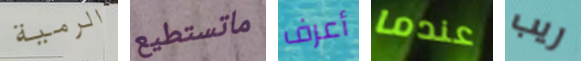
الرمية ماتستطيع أعرف عندما ريب